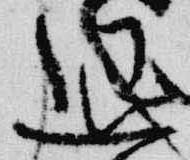
退